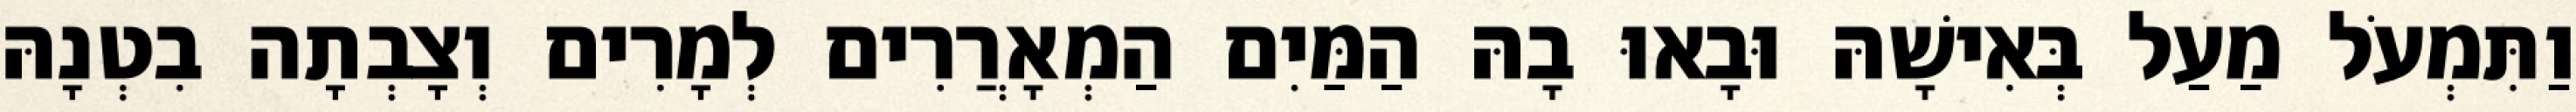
וַתִּמְעֹל מַעַל בְּאִישָׁהּ וּבָאוּ בָהּ הַמַּיִם הַמְאָרֲרִים לְמָרִים וְצָבְתָה בִטְנָהּ